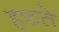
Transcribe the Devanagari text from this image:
हफते